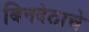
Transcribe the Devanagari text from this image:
बिनदेठाचे